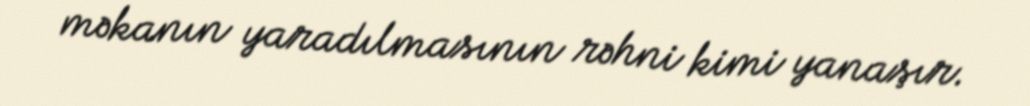
məkanın yaradılmasının rəhni kimi yanaşır.